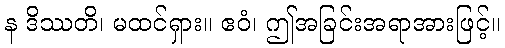
န ဒိဿတိ၊ မထင်ရှား။ ဧဝံ၊ ဤအခြင်းအရာအားဖြင့်။